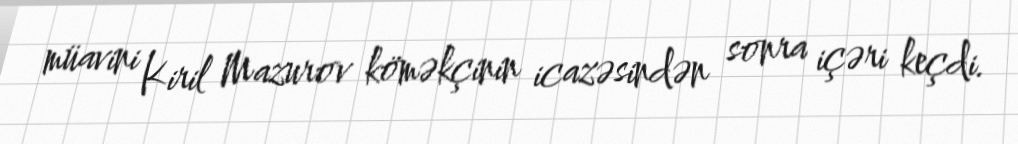
müavini Kiril Mazurov köməkçinin icazəsindən sonra içəri keçdi.